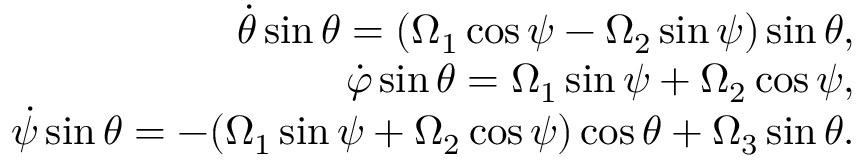
\begin{array} { r } { \dot { \theta } \sin \theta = ( \Omega _ { 1 } \cos \psi - \Omega _ { 2 } \sin \psi ) \sin \theta , } \\ { \dot { \varphi } \sin \theta = \Omega _ { 1 } \sin \psi + \Omega _ { 2 } \cos \psi , } \\ { \dot { \psi } \sin \theta = - ( \Omega _ { 1 } \sin \psi + \Omega _ { 2 } \cos \psi ) \cos \theta + \Omega _ { 3 } \sin \theta . } \end{array}